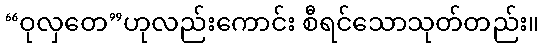
“ဝုလှတေ”ဟုလည်းကောင်း စီရင်သောသုတ်တည်း။